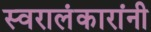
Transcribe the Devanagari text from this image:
स्वरालंकारांनी